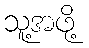
သူ့အဖို့